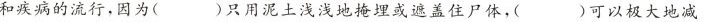
和疾病的流行，因为( )只用泥土浅浅地掩埋或遮盖住尸体，( )可以极大地减